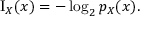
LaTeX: \operatorname { I } _ { X } ( x ) = - \log _ { 2 } { p _ { X } ( x ) } .